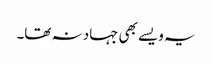
یہ ویسے بھی جہاد نہ تھا۔